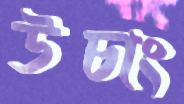
উচাং